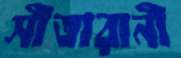
সীতারানী